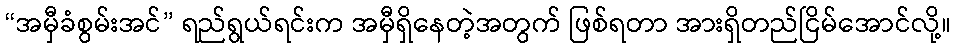
“အမှီခံစွမ်းအင်” ရည်ရွယ်ရင်းက အမှီရှိနေတဲ့အတွက် ဖြစ်ရတာ အားရှိတည်ငြိမ်အောင်လို့။